Lunatic asylums Punjab 1911-1921 - 1911-1921
Year: 1911
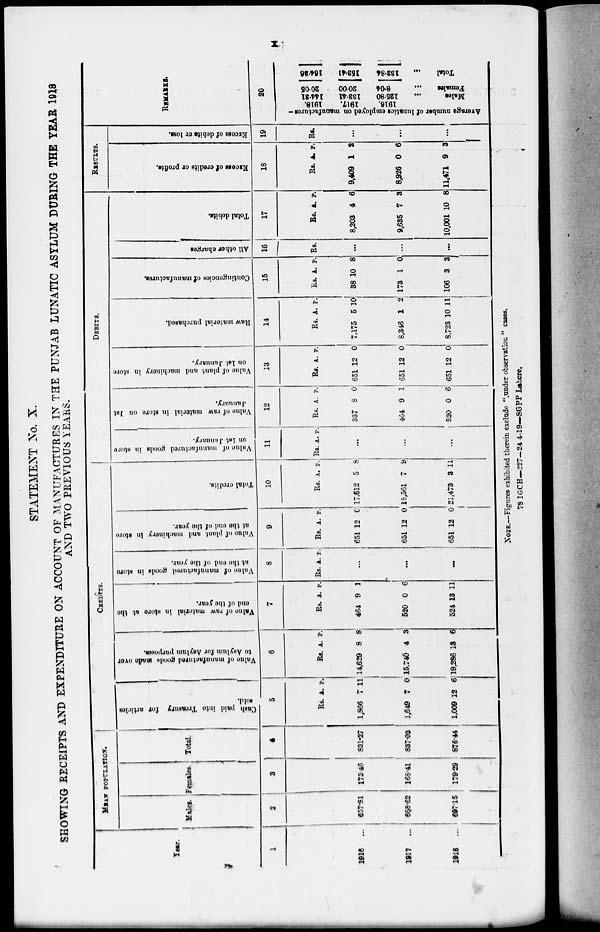
x
STATEMENT No. X.
SHOWING RECEIPTS AND EXPENDITURE ON ACCOUNT OF MANUFACTURES IN THE PUNJAB LUNATIC ASYLUM DURING THE YEAR 1918
AND TWO PREVIOUS YEARS.
Years.
1
1916 ...
1917 ...
1918 ...
MEAN POPULATION.
Males.
2
657.81
668.62
697.15
Females.
3
173.46
168.41
179.29
Total.
4
831.27
837.03
876.44
CREDITS.
Cash paid into Treasury for articles
sold.
5
Rs.
1,866
1,649
1,009
A.
7
7
12
P.
11
0
6
Value of manufactured goods made over
to Asylum for Asylum purposes.
6
Rs.
14,629
15,740
19,286
A.
8
4
18
P.
8
3
6
Value of raw material in store at the
and of the year.
7
Rs.
464
520
524
A.
9
0
13
P.
1
6
11
Value of manufactured goods in store
at the end of the year.
8
Rs. A. P.
...
...
...
Value of plant and machinery in store
at the and of the year.
9
Rs.
651
651
651
A.
12
12
12
P.
0
0
0
Total credits.
10
Rs.
17,612
18,561
21,473
A.
5
7
3
P.
8
9
11
DEBITS.
Value of manufactured goods in store
on 1st January.
11
Rs. A. P.
...
...
...
Value of raw material in store on 1st
January.
12
Rs.
337
464
520
A.
8
9
0
P.
0
1
6
Value of plant and machinery in store
on 1st January.
13
Rs.
651
651
651
A.
12
12
12
P.
0
0
0
Raw material purchased.
14
Rs.
7,175
8,346
8,723
A.
5
1
10
p.
10
2
11
Contingencies
of manufactures.
15
Rs.
38
173
106
A.
10
1
3
p.
8
0
3
All other charges
16
Rs.
...
...
...
Total debits.
17
Rs.
8,203
9,635
10,001
A.
4
7
10
P.
6
3
8
RESULTS.
Excess of credits or profits.
18
Rs.
9,409
8,926
11,471
A.
1
0
9
P.
2
6
3
Excess of debits or loss.
19
Rs.
...
...
...
REMARKS.
20
Average
number of lunatics employed on manufactures—
1916.
1917.
1916.
144.31
133.41
125.80
Males
...
20.05
20.00
8.04
Females
...
164.36
153.41
133.84
Total
...
NOTE.—Figures exhibited therein exclude "under observation" cases.
78 IGCH—227—24-4-19—SGPP Lahore.